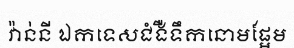
វ៉ាន់នី ឯកទេសជំងឺទឹកនោមផ្អែម